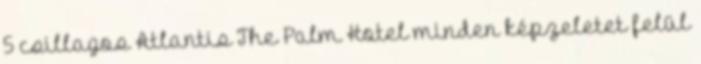
5 csillagos Atlantis The Palm Hotel minden képzeletet felül